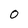
Character: O